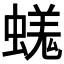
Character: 𧏙